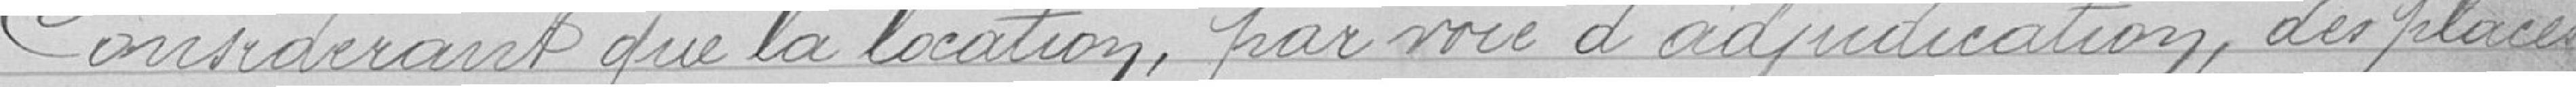
Considérant que la location, par voie d'adjudication, des places